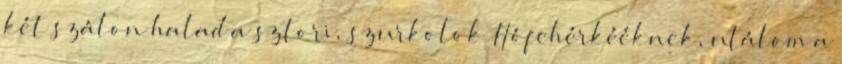
két szálon halad a sztori, szurkolok Hófehérkééknek, utálom a